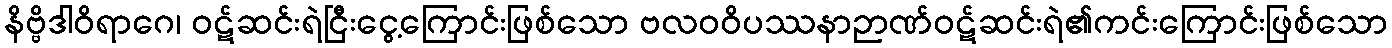
နိဗ္ဗိဒါဝိရာဂေ၊ ဝဋ်ဆင်းရဲငြီးငွေ့ကြောင်းဖြစ်သော ဗလဝဝိပဿနာဉာဏ်ဝဋ်ဆင်းရဲ၏ကင်းကြောင်းဖြစ်သော